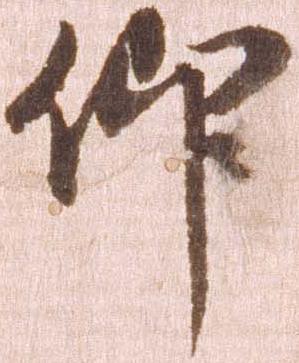
仰